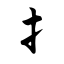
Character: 扌